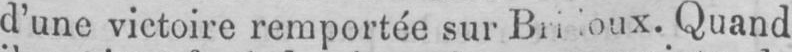
d’une victoire remportée sur Bridoux. Quand